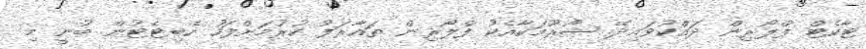
ޓާކެޓް ފްލޯރިން ދައްކުވައިދޭ ޝޯރޫމަކާއެކު ފްލޯރިން ތައާރަފު ކުރުމަށްފަހު ހެބިޓެޓުން ބުނީ މި